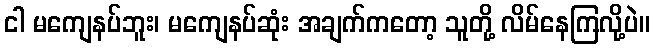
ငါ မကျေနပ်ဘူး၊ မကျေနပ်ဆုံး အချက်ကတော့ သူတို့ လိမ်နေကြလို့ပဲ။